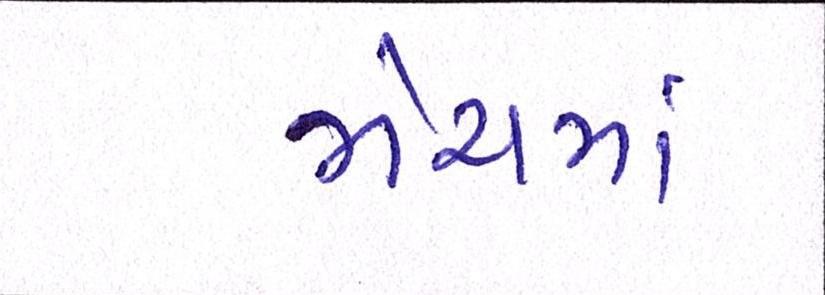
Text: મેચમાં